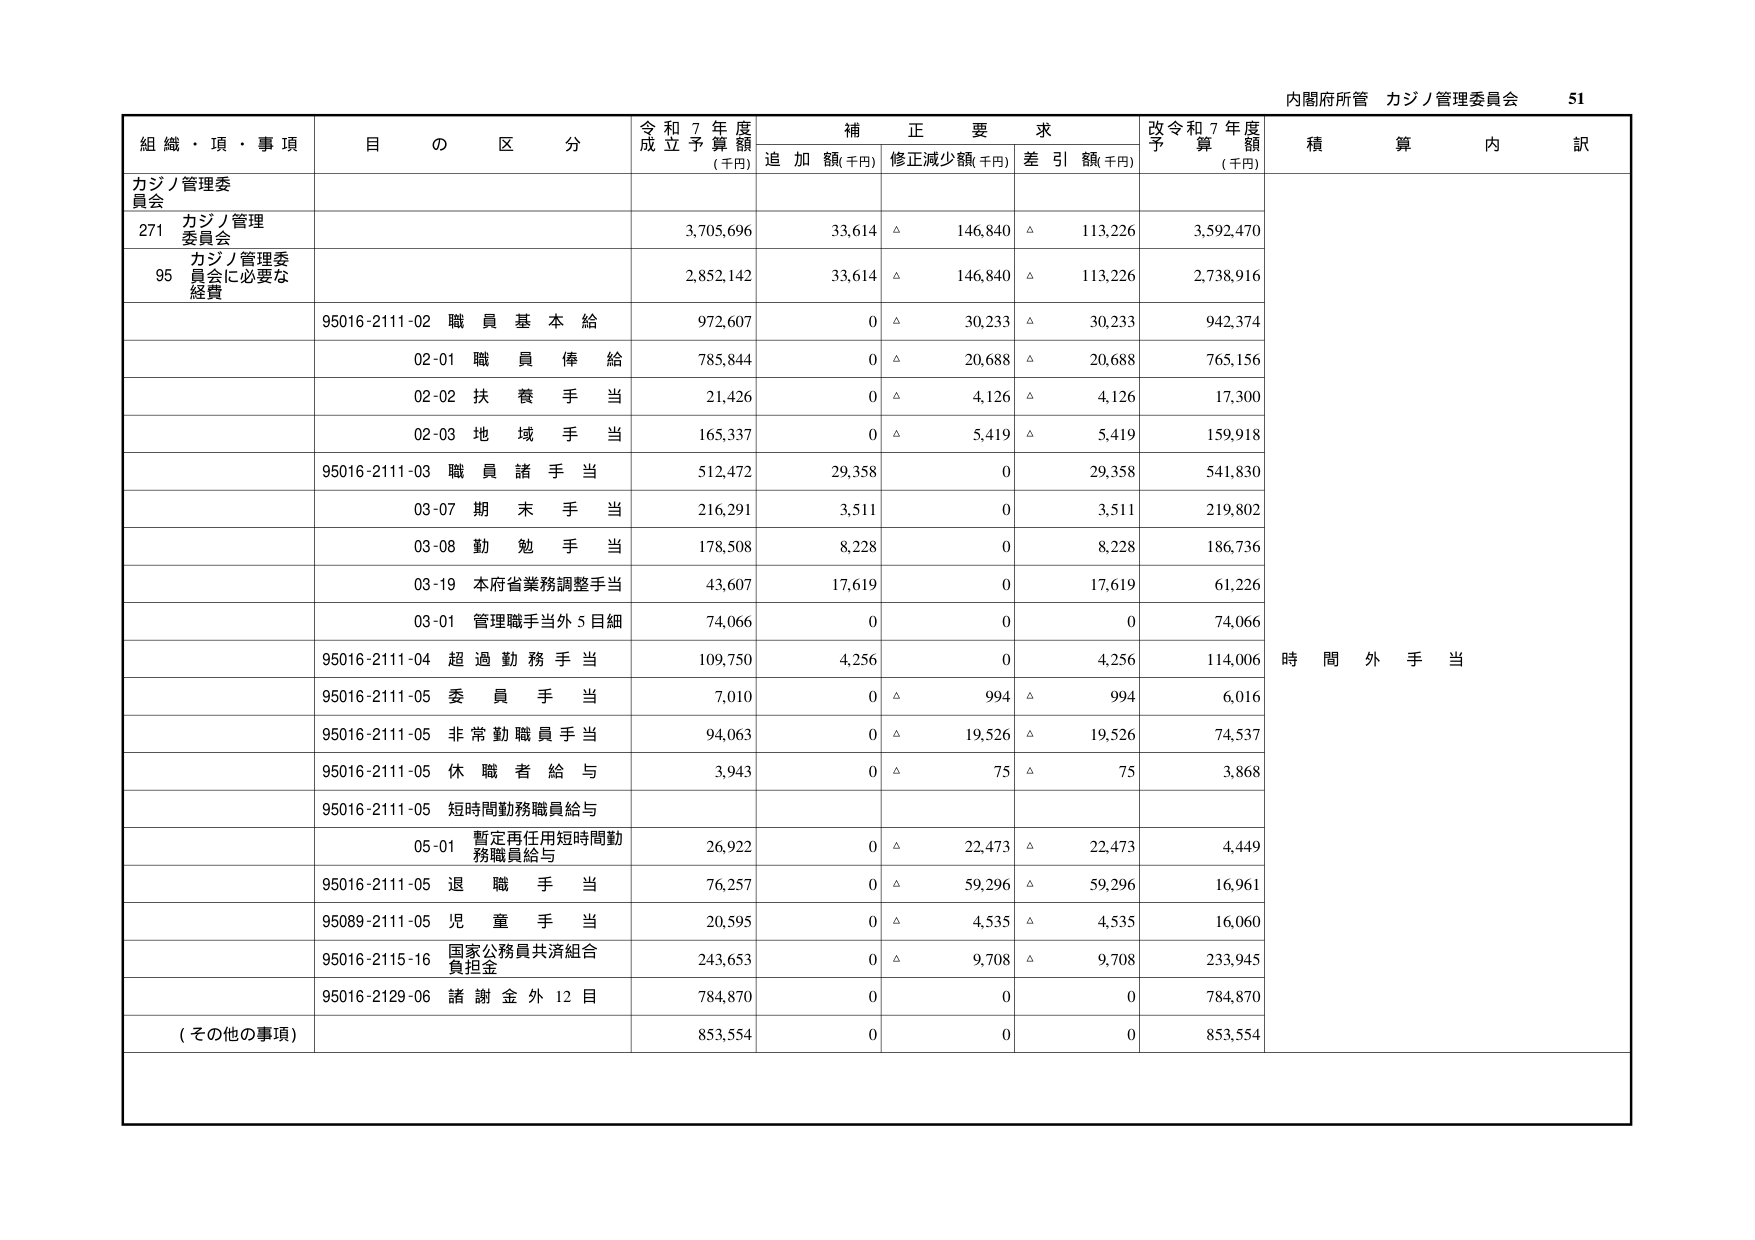
内閣府所管 カジノ管理委員会 51

組織・項・事項 目の区分 令和7年度成立予算額(千円) 補正要求 追加額(千円) 修正減少額(千円) 差引額(千円) 改令和7年度予算額(千円) 積算内訳

カジノ管理委員会

271 カジノ管理委員会 3,705,696 33,614 △ 146,840 △ 113,226 3,592,470

95 カジノ管理委員会に必要な経費 2,852,142 33,614 △ 146,840 △ 113,226 2,738,916

95016-2111-02 職員基本給 972,607 0 △ 30,233 △ 30,233 942,374

02-01 職員俸給 785,844 0 △ 20,688 △ 20,688 765,156

02-02 扶養手当 21,426 0 △ 4,126 △ 4,126 17,300

02-03 地域手当 165,337 0 △ 5,419 △ 5,419 159,918

95016-2111-03 職員諸手当 512,472 29,358 0 29,358 541,830

03-07 期末手当 216,291 3,511 0 3,511 219,802

03-08 勤勉手当 178,508 8,228 0 8,228 186,736

03-19 本府省業務調整手当 43,607 17,619 0 17,619 61,226

03-01 管理職手当外5目細 74,066 0 0 0 74,066

95016-2111-04 超過勤務手当 109,750 4,256 0 4,256 114,006 時間外手当

95016-2111-05 委員手当 7,010 0 △ 994 △ 994 6,016

95016-2111-05 非常勤職員手当 94,063 0 △ 19,526 △ 19,526 74,537

95016-2111-05 休職者給与 3,943 0 △ 75 △ 75 3,868

95016-2111-05 短時間勤務職員給与

05-01 暫定再任用短時間勤務職員給与 26,922 0 △ 22,473 △ 22,473 4,449

95016-2111-05 退職手当 76,257 0 △ 59,296 △ 59,296 16,961

95089-2111-05 児童手当 20,595 0 △ 4,535 △ 4,535 16,060

95016-2115-16 国家公務員共済組合負担金 243,653 0 △ 9,708 △ 9,708 233,945

95016-2129-06 諸謝金外12目 784,870 0 0 0 784,870

(その他の事項) 853,554 0 0 0 853,554